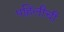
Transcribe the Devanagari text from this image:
पहिलीची